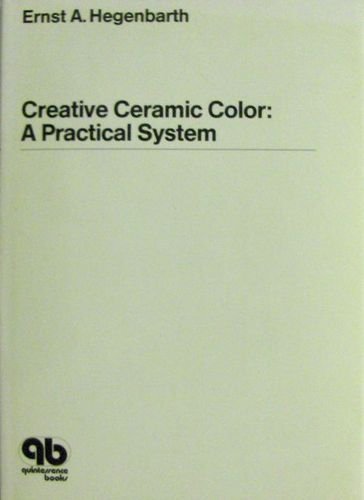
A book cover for Creative Ceramic Color: A Practical System; Ernst A. Hegenbarth; Medical Books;